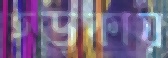
হড়কায়